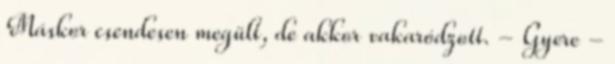
Máskor csendesen megült, de akkor vakaródzott. - Gyere -